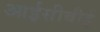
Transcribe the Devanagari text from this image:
आईसीबीई